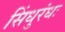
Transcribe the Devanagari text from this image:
सिंधुरंधः